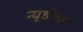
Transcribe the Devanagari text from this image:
न्यूडीगेट